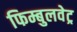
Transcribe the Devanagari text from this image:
फिम्बुलवेट्र